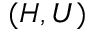
( H , U )